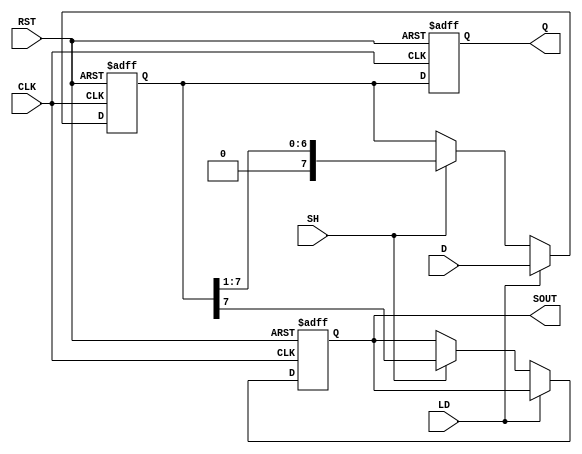
module PISO #(parameter SIZE = 8) (
    input wire [SIZE-1:0] D,    // Parallel data inputs
    input wire LD,               // Load control signal
    input wire SH,               // Shift control signal
    input wire CLK,              // Clock signal
    input wire RST,              // Asynchronous reset signal
    output reg SOUT,             // Serial output
    output reg [SIZE-1:0] Q      // Shift register output
);

// Internal register to hold the current state of the PISO register
reg [SIZE-1:0] shift_reg;

// Asynchronous reset
always @(posedge CLK or posedge RST) begin
    if (RST) begin
        // Clear the register on reset
        shift_reg <= {SIZE{1'b0}};
        Q <= {SIZE{1'b0}};
        SOUT <= 1'b0;
    end else begin
        if (LD) begin
            // Load the parallel data into the shift register
            shift_reg <= D;
        end else if (SH) begin
            // Shift the register contents
            SOUT <= shift_reg[SIZE-1]; // Output the MSB
            shift_reg <= {1'b0, shift_reg[SIZE-1:1]}; // Shift right, fill with 0
        end
        // Update the output Q to reflect the current state of the shift register
        Q <= shift_reg;
    end
end

endmodule